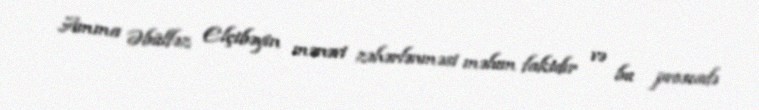
Amma Əbülfəz Elçibəyin mənəvi zəhərlənməsi məlum faktdır və bu prosesdə